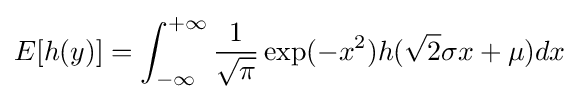
E[h(y)]=\int _{-\infty }^{+\infty }{\frac {1}{\sqrt {\pi }}}\exp(-x^{2})h({\sqrt {2}}\sigma x+\mu )dx